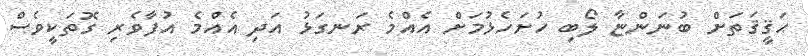
ޙަޤީޤަތަށް ބުނަންޏާ ލޯބި ހުށަހެޅުމަށް އެއްމެ ރަނގަޅު އަދި އެއްމެ އުފާވެރި ގޮތަކީވެސް